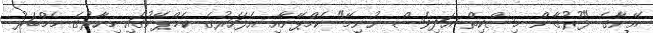
އޭނާގެ "ފުރުގާން މިސްކިތް އަދިވެސް ނުނިމޭ" ކެމްޕޭނާއި އެފަހަރުގެ ކެމްޕޭނުގައި މިހާރުގެ މެމްބަރު